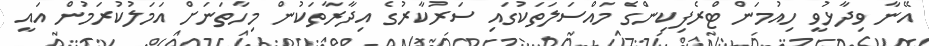
އޭނާ ވިދާޅުވީ ހިއުމަން ޓްރެފިކިންގެ މައްސަލަތަކުގައި ސަރުކާރުގެ އިދާރާތަކުން މިހާތަނަށް އަމަލުކުރަމުން އައީ